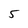
Character: 5